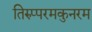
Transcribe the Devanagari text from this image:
तिरुप्परमकुनरम